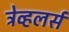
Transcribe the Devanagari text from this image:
ट्रेव्हलर्स